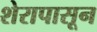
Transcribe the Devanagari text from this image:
शेरापासून